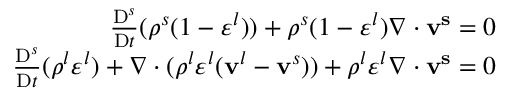
\begin{array} { r } { \frac { \mathrm { D } ^ { s } } { \mathrm { D } t } ( \rho ^ { s } ( 1 - \varepsilon ^ { l } ) ) + \rho ^ { s } ( 1 - \varepsilon ^ { l } ) \nabla \cdot \mathbf { v ^ { s } } = 0 } \\ { \frac { \mathrm { D } ^ { s } } { \mathrm { D } t } ( \rho ^ { l } \varepsilon ^ { l } ) + \nabla \cdot ( \rho ^ { l } \varepsilon ^ { l } ( \mathbf { v } ^ { l } - \mathbf { v } ^ { s } ) ) + \rho ^ { l } \varepsilon ^ { l } \nabla \cdot \mathbf { v ^ { s } } = 0 } \end{array}